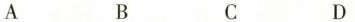
A B C D